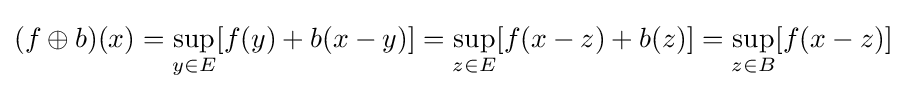
(f\oplus b)(x)=\sup _{y\in E}[f(y)+b(x-y)]=\sup _{z\in E}[f(x-z)+b(z)]=\sup _{z\in B}[f(x-z)]